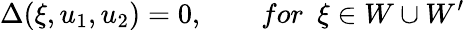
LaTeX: \Delta(\xi,u_{1},u_{2})=0,\qquad for~~\xi\in W\cup W^{\prime}